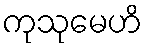
ကုသုမေဟိ